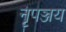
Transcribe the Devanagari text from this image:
नृपञ्जय